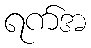
ရက်အ